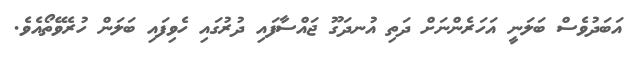
އަބަދުވެސް ބަލަނީ އަހަރެންނަށް ދަތި އުނދަގޫ ޖައްސާފައި ދުރުގައި ހެވިފައި ބަލަން ހުރެވޭތޯއެވެ.